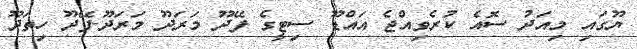
ޔޫގައި މިއަދު ސޮއެ ކުރެވިއްޖެ އައްޑޫ ސިޓީގެ ފޭދޫ މަރަދޫ މަރަދޫ-ފޭދޫ ހިތަދޫ